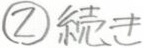
\textcircled{2}続き